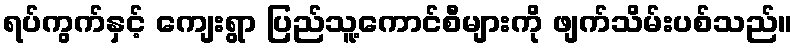
ရပ်ကွက်နှင့် ကျေးရွာ ပြည်သူ့ကောင်စီများကို ဖျက်သိမ်းပစ်သည်။